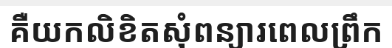
គឺយកលិខិតសុំពន្យារពេលព្រឹក